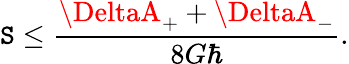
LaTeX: \mathtt{S}\leq{\frac{{\DeltaA_{+}+\DeltaA_{-}}}{{8G\hbar}}}.